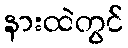
နားထဲတွင်